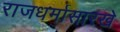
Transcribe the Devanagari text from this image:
राजधर्मासारखे